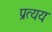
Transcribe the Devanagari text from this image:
प्रत्ययः